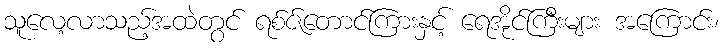
သူလေ့လာသည့်အထဲတွင် ရစ်ဇ်တောင်ကြားနှင့် ရေအိုင်ကြီးများ အကြောင်း၊